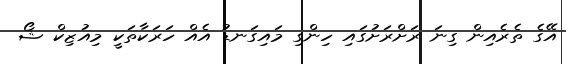
އޭގެ ތެރެއިން ގިނަ ރަށްރަށުގައި ހިންގި މައިގަނޑު އެއް ހަރަކާތަކީ މިއުޒިކް ޝޯ